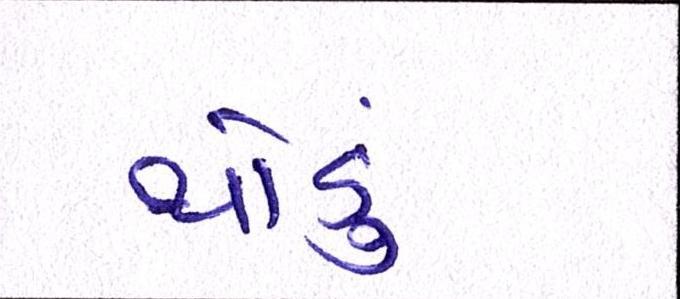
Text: થોડું